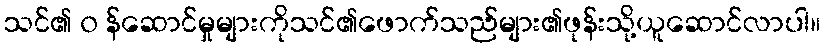
သင်၏ ၀ န်ဆောင်မှုများကိုသင်၏ဖောက်သည်များ၏ဖုန်းသို့ယူဆောင်လာပါ။